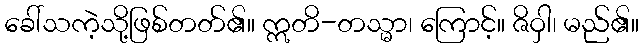
ခေါ်သကဲ့သို့ဖြစ်တတ်၏။ ဣတိ-တသ္မာ၊ ကြောင့်။ ဇိဝှါ၊ မည်၏။